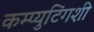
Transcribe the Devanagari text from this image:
कम्प्युटिंगशी